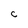
Character: C